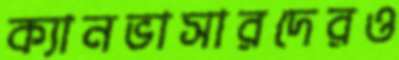
ক্যানভাসারদেরও